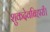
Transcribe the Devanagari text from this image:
शुकदेवबिहारी।